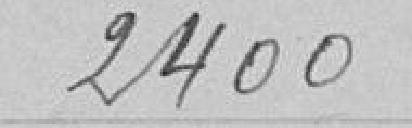
2400